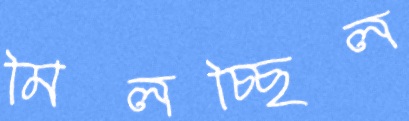
মিলচ্ছিল